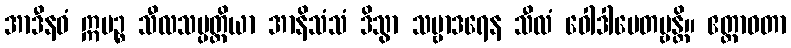
အာဒီနဝံ ဣမဉ္စ သီလသမ္ပတ္တိယာ အာနိသံသံ ဒိသွာ သဗ္ဗာဒရေန သီလံ ဝေါဒါပေတဗ္ဗန္တိ။ ဧတ္တာဝတာ